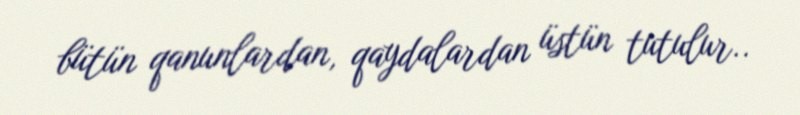
bütün qanunlardan, qaydalardan üstün tutulur..